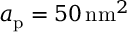
a _ { \mathrm { p } } = 5 0 { \mathrm { \, n m } } ^ { 2 }